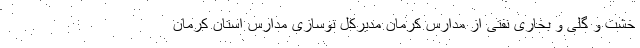
خشت و گلی و بخاری نفتی از مدارس کرمان مدیرکل نوسازی مدارس استان کرمان